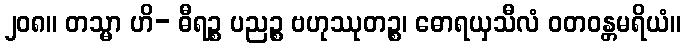
၂၀၈။ တသ္မာ ဟိ- ဓီရဉ္စ ပညဉ္စ ဗဟုဿုတဉ္စ၊ ဓောရယှသီလံ ဝတဝန္တမရိယံ။